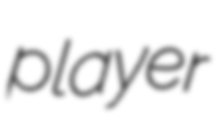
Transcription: player